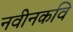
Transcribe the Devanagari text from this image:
नवीनकवि